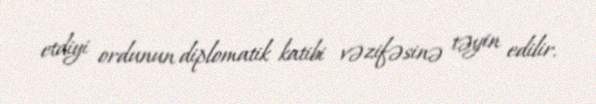
etdiyi ordunun diplomatik katibi vəzifəsinə təyin edilir.